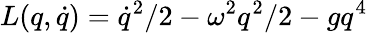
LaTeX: L(q,\dot{q})=\dot{q}^{2}/2-\omega^{2}q^{2}/2-gq^{4}